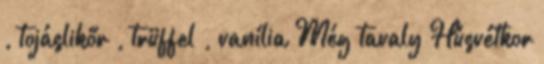
, tojáslikőr , trüffel , vanília Még tavaly Húsvétkor